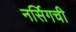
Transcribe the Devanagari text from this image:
नर्सिगची